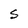
Character: S